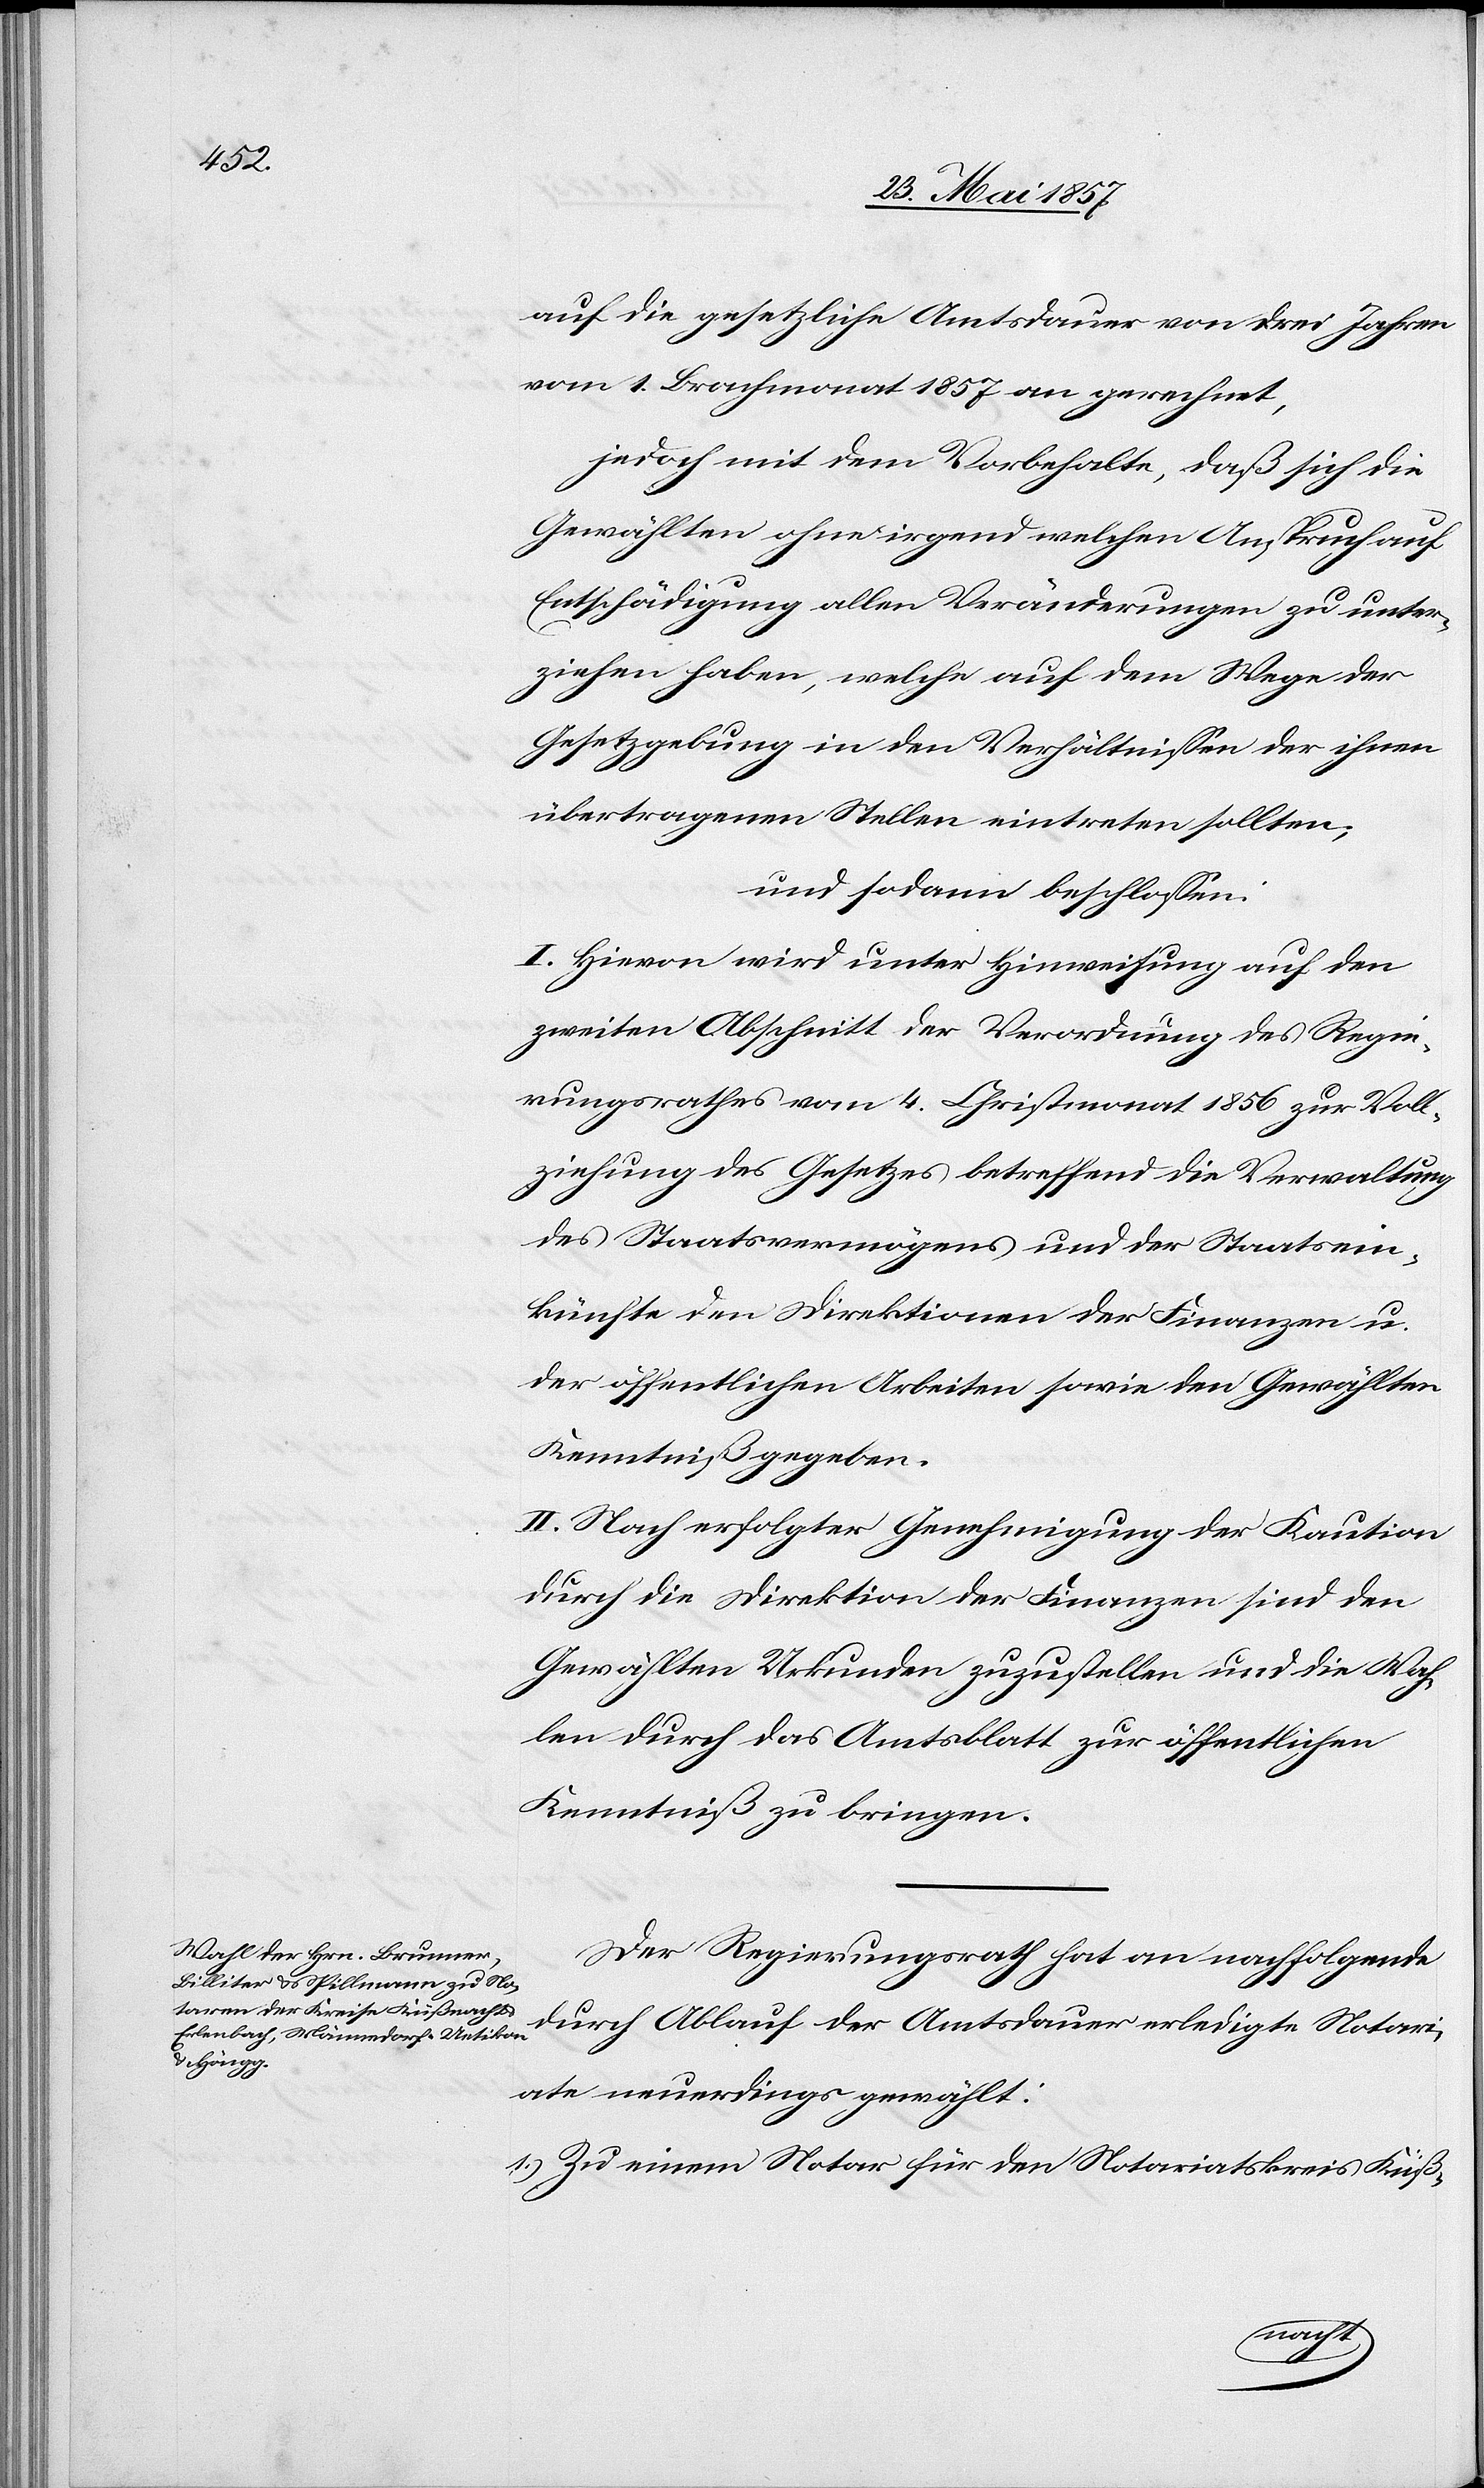
auf die gesetzliche Amtsdauer von drei Jahren
vom 1 Brachmonat 1857 an gerechnet,
jedoch mit dem Vorbehalte, daß sich die
Gewählten ohne irgend welchen Anspruch auf
Entschädigung allen Veränderungen zu unter¬
ziehen haben, welche auf dem Wege der
Gesetzgebung in den Verhältnissen der ihnen
übertragenen Stellen eintreten sollten;
und sodann beschlossen:
I. Hievon wird unter Hinweisung auf den
zweiten Abschnitt der Verordnung des Regie¬
rungsrathes vom 4 Christmonat 1856 zur Voll¬
ziehung des Gesetzes betreffend die Verwaltung
des Staatsvermögens und der Staatsein¬
künfte den Direktionen der Finanzen u.
der öffentlichen Arbeiten sowie den Gewählten
Kenntniß gegeben.
II. Nach erfolgter Genehmigung der Kaution
durch die Direktion der Finanzen sind den
Gewählten Urkunden zuzustellen und die Wah¬
len durch das Amtsblatt zur öffentlichen
Kenntniß zu bringen.
Der Regierungsrath hat an nachfolgende
durch Ablauf der Amtsdauer erledigte Notari¬
ate neuerdings gewählt:
1.) Zu einem Notar für den Notariatskreis Küß-